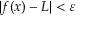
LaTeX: | f ( x ) - L | < \varepsilon